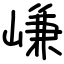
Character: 嵰